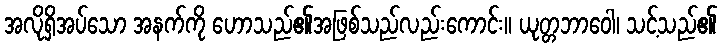
အလိုရှိအပ်သော အနက်ကို ဟောသည်၏အဖြစ်သည်လည်းကောင်း။ ယုတ္တဘာဝေါ၊ သင့်သည်၏